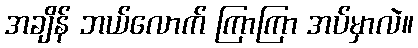
အချိန် ဘယ်လောက် ကြာကြာ အပ်မှာလဲ။